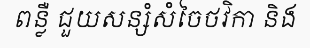
ពន្លឺ ជួយសន្សំសំចៃថវិកា និង